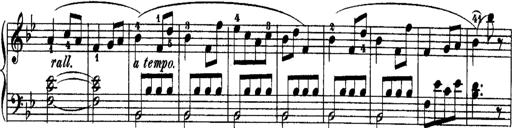
Title: Rondos and Sonatinas for Pianoforte
Composer: Daniel Steibelt